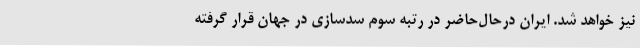
نیز خواهد شد. ایران در‌حال‌حاضر در رتبه سوم سدسازی در جهان قرار گرفته